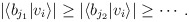
\begin{align*}\left| \left\langle b_{j_{1}}|v_{i}\right\rangle \right| \geq\left|\left\langle b_{j_{2}}|v_{i}\right\rangle \right| \geq\cdots.\end{align*}